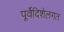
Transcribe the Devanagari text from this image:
पूर्वेदिशेलगत